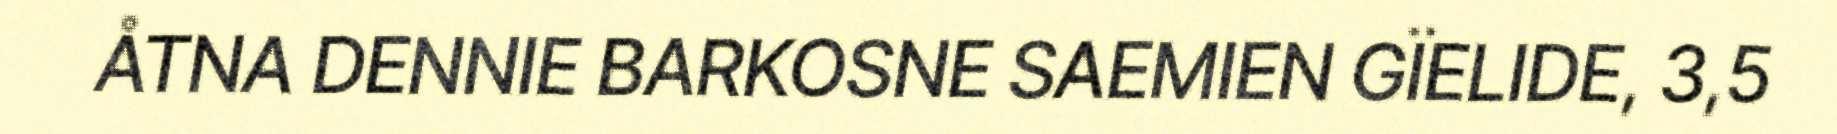
ÅTNA DENNIE BARKOSNE SAEMIEN GÏELIDE, 3,5